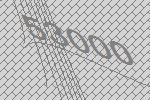
53000